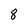
Character: 8